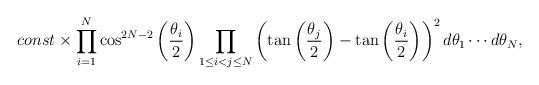
LaTeX: \begin{align*}const \times \prod_{i=1}^{N}\cos^{2N-2}\left(\frac{\theta_i}{2}\right)\prod_{1 \le i < j \le N}^{}\left(\tan\left(\frac{\theta_j}{2}\right)-\tan\left(\frac{\theta_i}{2}\right)\right)^2d\theta_1\cdots d\theta_N,\end{align*}